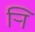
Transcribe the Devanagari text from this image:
र्‍ाि